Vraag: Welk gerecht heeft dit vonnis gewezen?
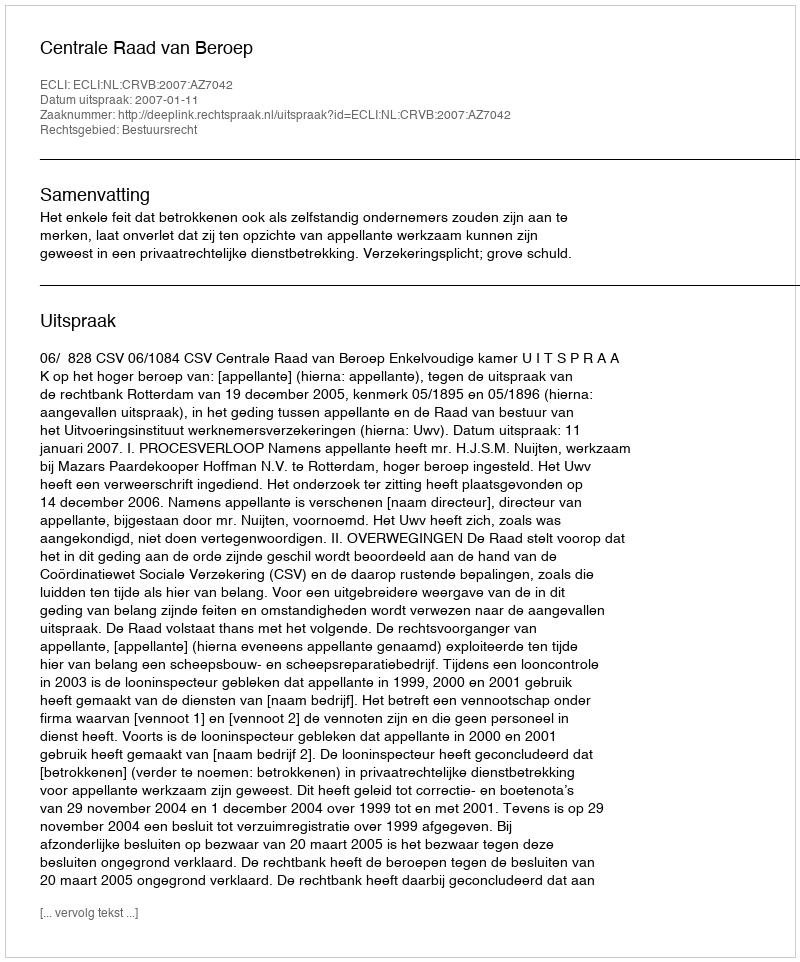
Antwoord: Centrale Raad van Beroep